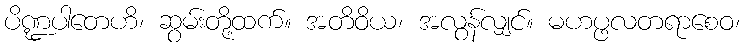
ပိဏ္ဍပါတေဟိ၊ ဆွမ်းတို့ထက်။ အတိဝိယ၊ အလွန်လျှင်။ မဟပ္ဖလတရာစေဝ၊